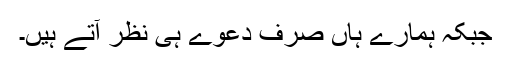
جبکہ ہمارے ہاں صرف دعوے ہی نظر آتے ہیں۔